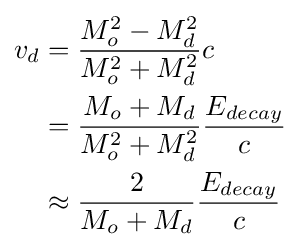
{\begin{aligned}v_{d}&={\frac {M_{o}^{2}-M_{d}^{2}}{M_{o}^{2}+M_{d}^{2}}}c\\&={\frac {M_{o}+M_{d}}{M_{o}^{2}+M_{d}^{2}}}{\frac {E_{decay}}{c}}\\&\approx {\frac {2}{M_{o}+M_{d}}}{\frac {E_{decay}}{c}}\end{aligned}}